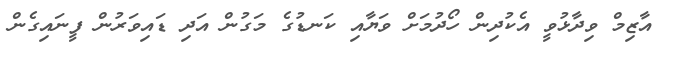
އާޒިމް ވިދާޅުވީ އެކުދިން ހޯދުމަށް ވަޔާއި ކަނޑުގެ މަގުން އަދި ޑައިވަރުން ފީނައިގެން